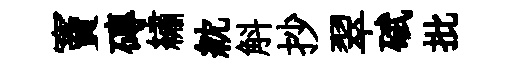
竇磚繡紞斛抄翠碔批